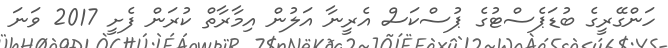
ހަންގޭރީގެ ބުޑަޕެސްޓުގެ ޕުސްކަސް އެރީނާ އަލުން އިމާރާތް ކުރަން ފެށީ 2017 ވަނަ